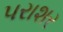
પરાશર